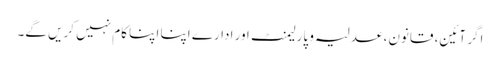
اگر آئین، قانون، عدلیہ و پارلیمنٹ ا ور ادارے اپنا اپنا کام نہیں کریں گے۔